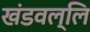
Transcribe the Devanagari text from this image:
खंडवल्लि